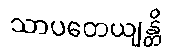
သာပတေယျန္တိ